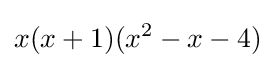
x(x+1)(x^{2}-x-4)